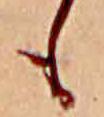
も